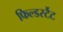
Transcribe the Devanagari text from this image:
फिल्डर्स्टैट